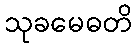
သုခမေဓတိ